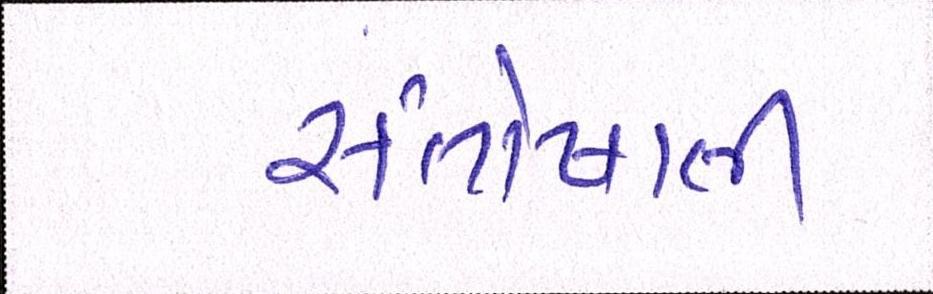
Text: સંતોષાતી